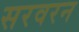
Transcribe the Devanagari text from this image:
सरवरन